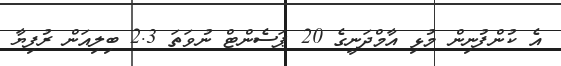
އެ ކުންފުނިން މުޅި އާމްދަނީގެ 20 ޕަސެންޓް ނުވަތަ 2.3 ބިލިއަން ރުފިޔާ